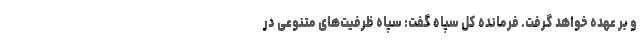
و بر عهده خواهد گرفت. فرمانده کل سپاه گفت: سپاه ظرفیت‌های متنوعی در